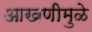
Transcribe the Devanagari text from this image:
आखणीमुळे